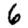
Digit: 6